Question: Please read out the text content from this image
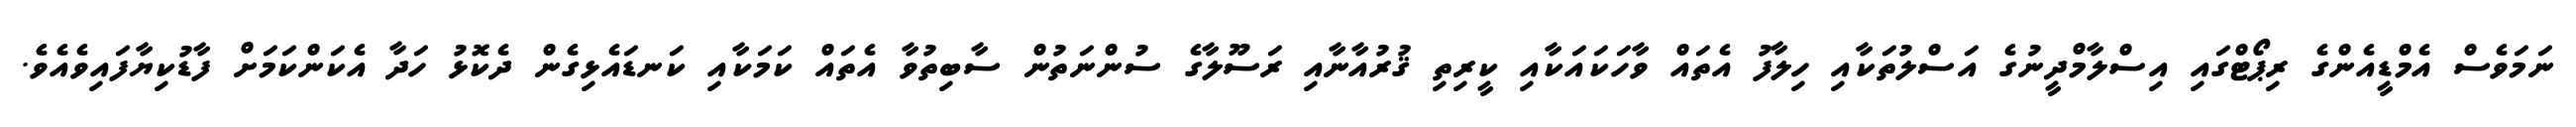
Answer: ނަމަވެސް އެމްޑީއެންގެ ރިޕޯޓްގައި އިސްލާމްދީނުގެ އަސްލުތަކާއި ހިލާފު އެތައް ވާހަކައަކާއި ކީރިތި ޤުރުއާނާއި ރަސޫލާގެ ސުންނަތުން ސާބިތުވާ އެތައް ކަމަކާއި ކަނޑައެޅިގެން ދެކޮޅު ހަދާ އެކަންކަމަށް ފާޑުކިޔާފައިވެއެވެ.